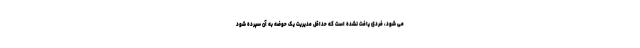
می شود، فردی یافت نشده است که حداقل مدیریت یک حوضه به آن سپرده شود